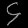
Digit: ၄